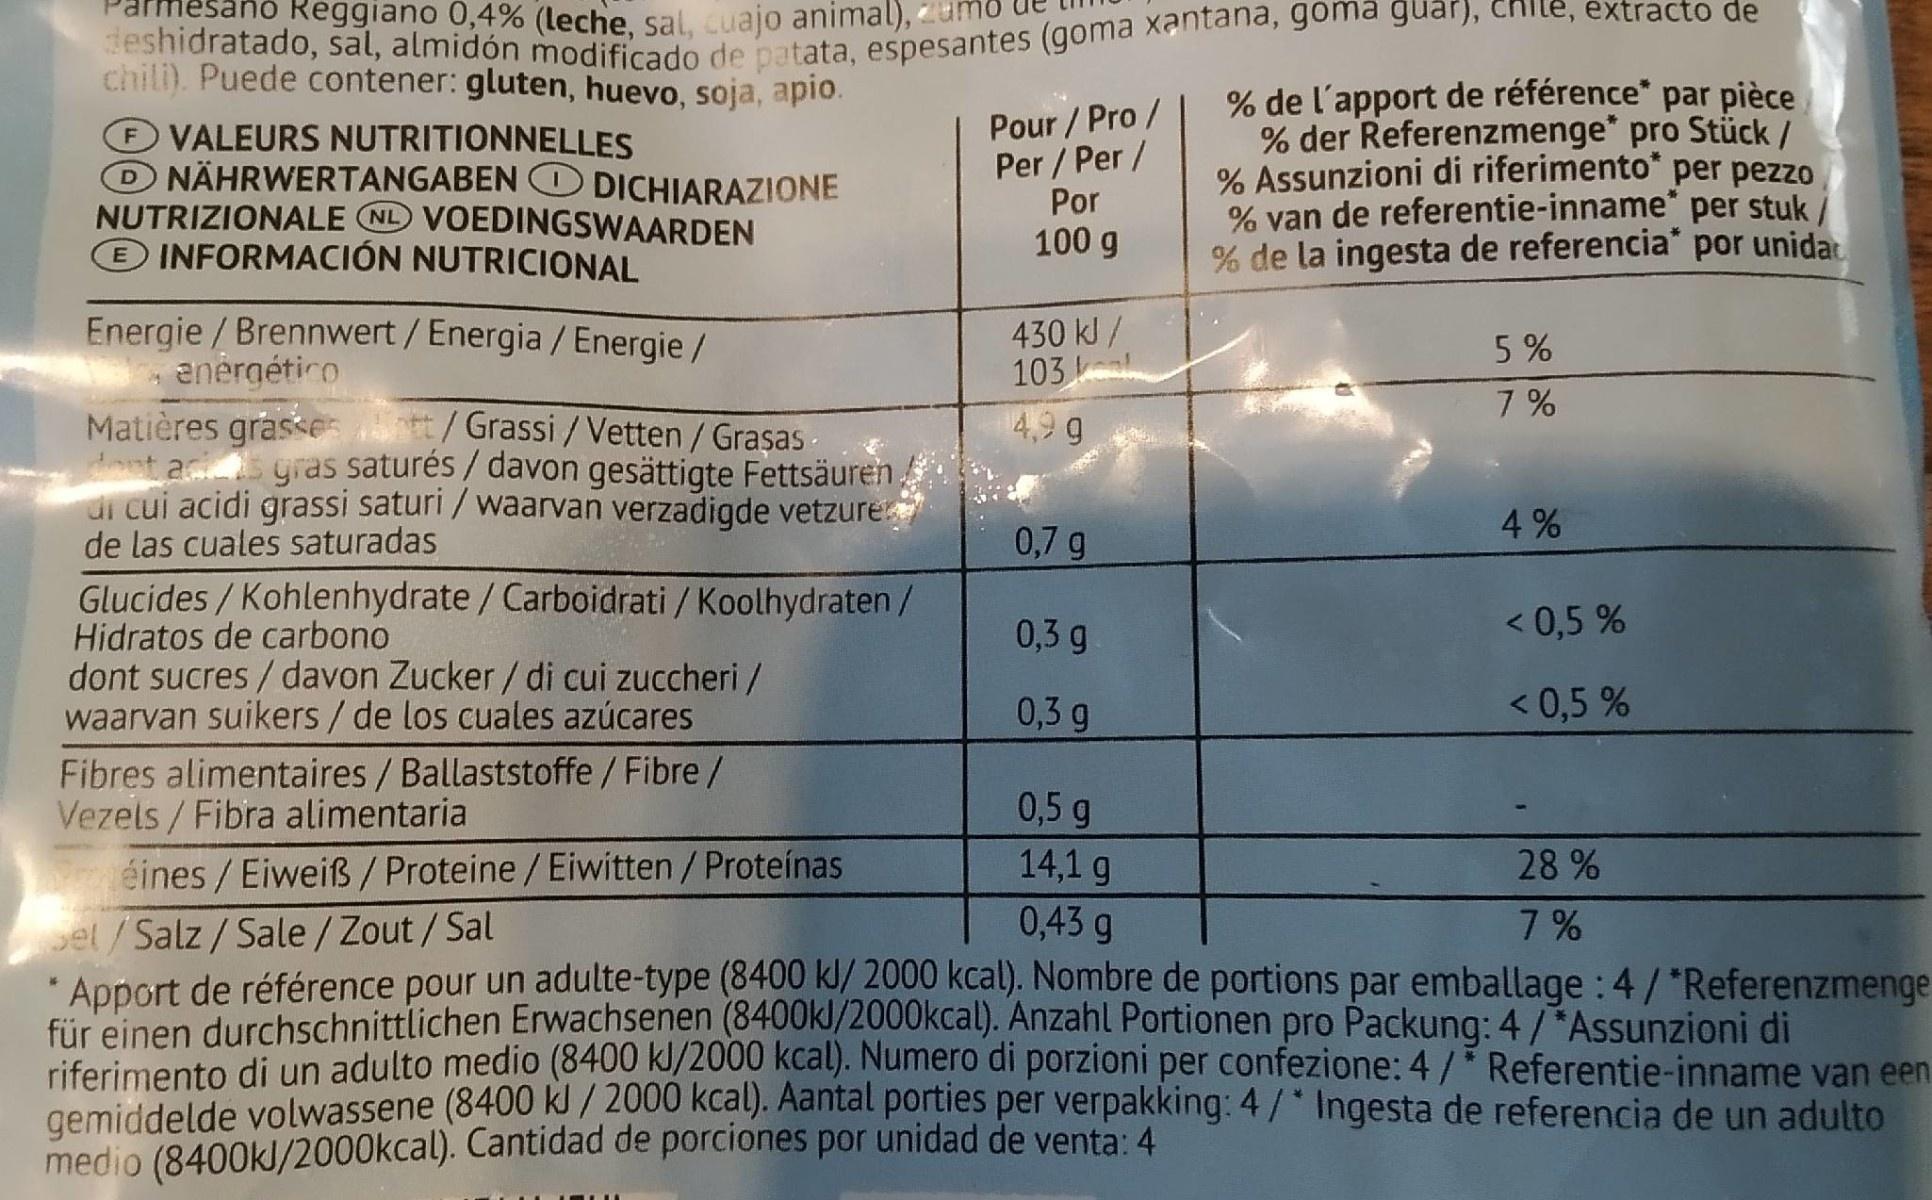
deshidratado, sal, almidón modificado de patata, espesantes (goma xantana, goma guar), chile, extracto de % de l'apport de référence* par pièce % der Referenzmenge* pro Stück/ % Assunzioni di riferimento* per pezzo % van de referentie-inname* per stuk / % de la ingesta de referencia" por unidat Reggiano 0,4% (leche, sal, cuajo animal), chili). Puede contener: gluten, huevo, soja, apio. VALEURS NUTRITIONNELLES D NÄHRWERTANGABEN O DICHIARAZIONE NUTRIZIONALE NL VOEDINGSWAARDEN INFORMACIÓN NUTRICIONAL Pour / Pro / Per / Per / Por 100 g Energie / Brennwert/ Energia / Energie/ enérgético Matières grasse /Grassi /Vetten / Graşas . a gras saturés / davon gesättigte Fettsäuren di cui acidi grassi saturi / waarvan verzadigde vetzure de las cuales saturadas 430 kJ / 103 5 % 4,9 g 4% 0,7 g Glucides/Kohlenhydrate / Carboidrati / Koolhydraten/ Hidratos de carbono dont sucres / davon Zucker/di cui zuccheri / waarvan suikers/de los cuales azúcares 0,3 g < 0,5 % 0,3 g < 0,5 % Fibres alimentaires/ Ballaststoffe/Fibre/ Vezels/Fibra alimentaria 0,5 g Péines /Eiweiß/Proteine /Eiwitten/Proteínas 14,1 g 28 % 0,43 g sel /Salz/Sale / Zout/Sal Apport de référence pour un adulte-type (8400 kl/ 2000 kcal). Nombre de portions par emballage : 4/"Referenzmenge für einen durchsSchnittlichen Erwachsenen (8400kJ/2000kcal). Anzahl Portionen pro Packung: 4 /*Assunzioni di riferimento di un adulto medio (8400 kJ/2000 kcal). Numero di porzioni per confezione: 4/ Referentie-inname van een gemiddelde yolwassene (8400 kJ / 2000 kcal). Aantal porties per verpakking: 4/ Ingesta de referencia de un adulto medio (8400kJ/2000kcal). Cantidad de porciones por unidad de venta: 4